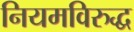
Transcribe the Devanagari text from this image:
नियमविरुद्ध